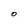
Character: O